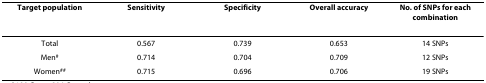
| Target population | Sensitivity | Specificity | Overall accuracy | No. of SNPs for each combination |
 | --- | --- | --- | --- | --- |
 | Total | 0.567 | 0.739 | 0.653 | 14 SNPs |
 | Men# | 0.714 | 0.704 | 0.709 | 12 SNPs |
 | Women## | 0.715 | 0.696 | 0.706 | 19 SNPs |